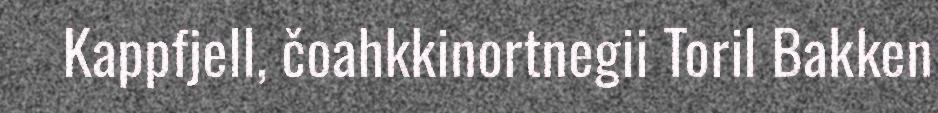
Kappfjell, čoahkkinortnegii Toril Bakken